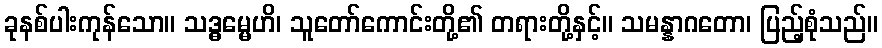
ခုနစ်ပါးကုန်သော။ သဒ္ဓမ္မေဟိ၊ သူတော်ကောင်းတို့၏ တရားတို့နှင့်။ သမန္နာဂတော၊ ပြည့်စုံသည်။